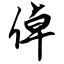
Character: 倬